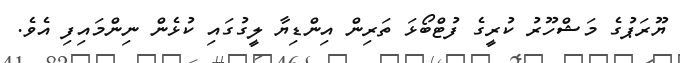
ޔޫރަޕުގެ މަޝްހޫރު ކުރީގެ ފުޓްބޯޅަ ތަރިން އިންޑިޔާ ލީގުގައި ކުޅެން ނިންމައިފި އެވެ.